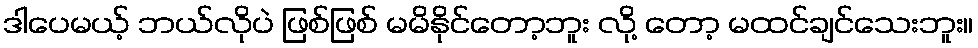
ဒါပေမယ့် ဘယ်လိုပဲ ဖြစ်ဖြစ် မမိနိုင်တော့ဘူး လို့ တော့ မထင်ချင်သေးဘူး။